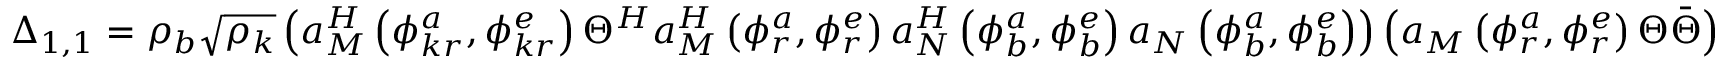
\Delta _ { 1 , 1 } = \rho _ { b } \sqrt { \rho _ { k } } \left( a _ { M } ^ { H } \left( \phi _ { k r } ^ { a } , \phi _ { k r } ^ { e } \right) \Theta ^ { H } a _ { M } ^ { H } \left( \phi _ { r } ^ { a } , \phi _ { r } ^ { e } \right) a _ { N } ^ { H } \left( \phi _ { b } ^ { a } , \phi _ { b } ^ { e } \right) a _ { N } \left( \phi _ { b } ^ { a } , \phi _ { b } ^ { e } \right) \right) \left( a _ { M } \left( \phi _ { r } ^ { a } , \phi _ { r } ^ { e } \right) \Theta \bar { \Theta } \right)